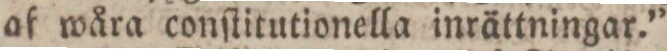
af wåra conſtitutionella inrättningar.”